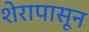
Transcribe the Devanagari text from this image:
शेरापासून